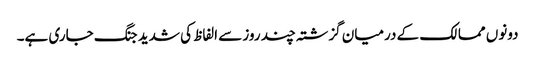
دونوں ممالک کے درمیان گزشتہ چند روز سے الفاظ کی شدید جنگ جاری ہے۔